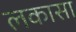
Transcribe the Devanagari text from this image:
लकासा